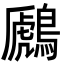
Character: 鷉